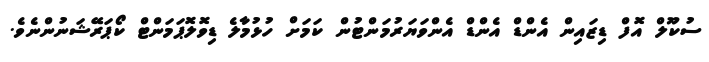
ސުކޫލް އޮފް ޑިޒައިން އެންޑް އެންޑް އެންވަޔަރުމަންޓުން ކަމަށް ހުޅުމާލެ ޑިވޮލޮޕަމަންޓް ކޯޕަރޭޝަނުންނެވެ.